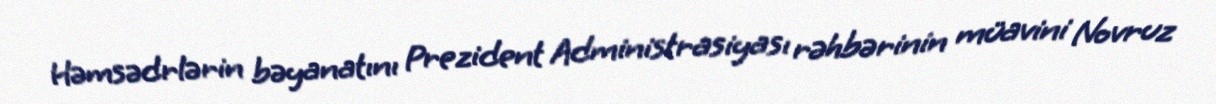
Həmsədrlərin bəyanatını Prezident Administrasiyası rəhbərinin müavini Novruz